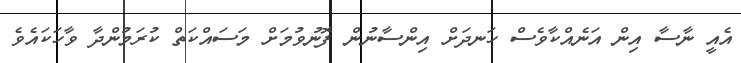
އެއީ ނާސާ އިން އަނެއްކާވެސް ހަނދަށް އިންސާނުން ފޮނުވުމަށް މަސައްކަތް ކުރަމުންދާ ވާހަކައެވެ